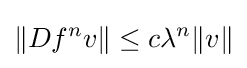
\|Df^{n}v\|\leq c\lambda ^{n}\|v\|